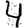
Digit: 4